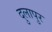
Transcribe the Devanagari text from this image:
दुलापुर